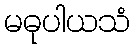
မဓုပါယသံ